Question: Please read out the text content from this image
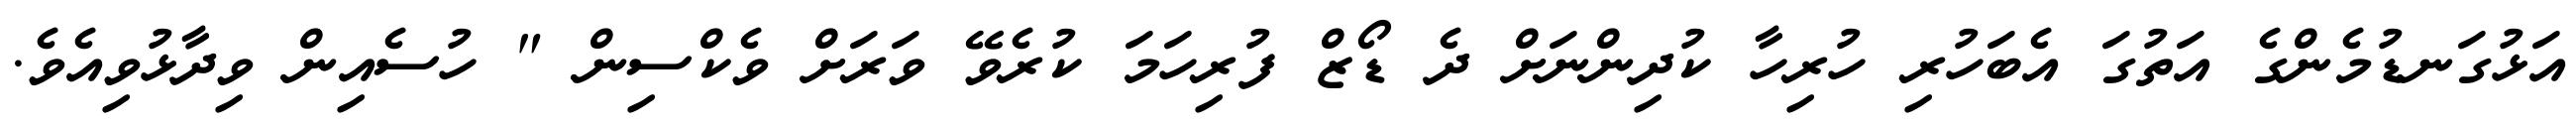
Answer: އަޅުގަނޑުމެންގެ އަތުގަ އެބަހުރި ހުރިހާ ކުދިންނަށް ދެ ޑޯޒް ފުރިހަމަ ކުރެވޭ ވަރަށް ވެކްސިން " ހުސެއިން ވިދާޅުވިއެވެ.